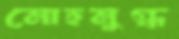
মোহমুগ্ধ